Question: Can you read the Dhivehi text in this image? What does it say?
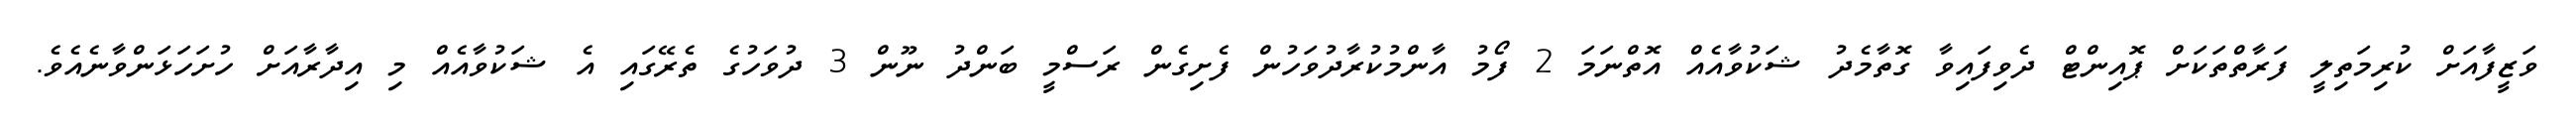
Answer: ވަޒީފާއަށް ކުރިމަތިލީ ފަރާތްތަކަށް ޕޮއިންޓް ދެވިފައިވާ ގޮތާމެދު ޝަކުވާއެއް އޮތްނަމަ 2 ފޯމު އާންމުކުރާދުވަހުން ފެށިގެން ރަސްމީ ބަންދު ނޫން 3 ދުވަހުގެ ތެރޭގައި އެ ޝަކުވާއެއް މި އިދާރާއަށް ހުށަހަޅަންވާނެއެވެ.